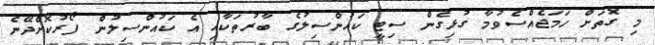
މި ގޮތަށް ހަމަޖެއްސެވުމާ ގުޅިގެން ސިޓީ ކައުންސިލުގެ ބާރުތަކާއި އެ ކައުންސިލުން ފޯރުކޮށްދޭނެ